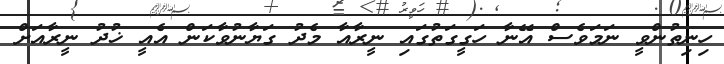
ހިނިތުންވީ ނަމަވެސް އޭނާ ހަގީގަތުގައި ނީރާއާ މެދު ގަޔާނުވާކަން އެއީ ޚުދު ނީރާއަށް